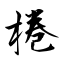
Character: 棬